Annual report of the Prince of Wales Medical College, Patna
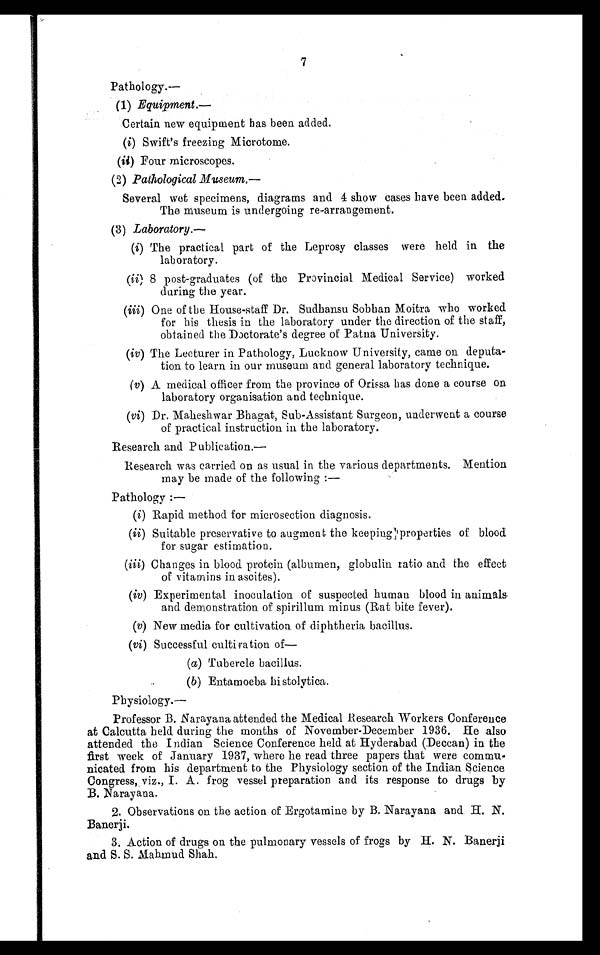
7
Pathology.—
(1) Equipment.—
Certain new equipment has been added.
(i) Swift's freezing Microtome.
(ii) Four microscopes.
(2) Pathological Museum.
—
Several wet specimens, diagrams and 4 show cases have been added.
The museum is undergoing re-arrangement.
(3) Laboratory.—
(i) The practical part of the Leprosy classes were held in the
laboratory.
(ii) 8 post-graduates (of the Provincial Medical Service) worked
during the year.
(iii) One of the House-staff Dr. Sudhansu Sobhan Moitra who worked
for his thesis in the laboratory under the direction of the staff,
obtained the Doctorate's degree of Patna University.
(iv) The Lecturer in Pathology, Lucknow University,came on deputa-
tion to learn in our museum and general laboratory technique.
(v)
A medical officer from the province of Orissa has done a course on
laboratory organisation and technique.
(vi) Dr. Maheshwar Bhagat, Sub-Assistant Surgeon, underwent a course
of practical instruction in the laboratory.
Research and Publication.—
Research was carried on as usual in the various departments. Mention
may be made of the following :—
Pathology:—
(i) Rapid method for microsection diagnosis.
(ii) Suitable preservative to augment the keeping properties of blood
for sugar estimation.
(iii) Changes in blood protein (albumen, globulin ratio and the effect
of vitamins in ascites).
(iv) Experimental inoculation of suspected human blood in animals
and demonstration of spirillum minus (Rat bite fever).
(v) New media for cultivation of diphtheria bacillus.
(vi) Successful cultivation of—
(a) Tubercle bacillus.
(b) Entamoeba histolytica.
Physiology.—
Professor B. Narayana attended the Medical Research Workers Conference
at Calcutta held during the months of November-December 1936. He also
attended the Indian Science Conference held at Hyderabad (Deccan) in the
first week of January 1937, where he read three papers that were commu-
nicated from his department to the Physiology section of the Indian Science
Congress, viz., I. A. frog vessel preparation and its response to drugs by
B. Narayana.
2. Observations on the action of Ergotamine by B. Narayana and H. N.
Banerji.
3. Action of drugs on the pulmonary vessels of frogs by H. N . Banerji
and S. S. Mahmud Shah.